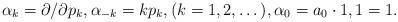
LaTeX: \begin{align*}\alpha_k=\partial/\partial p_k, \alpha_{-k}= kp_k, (k=1,2,\dots), \alpha_0=a_0\cdot 1,1=1.\end{align*}